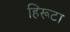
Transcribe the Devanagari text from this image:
हिरूटा